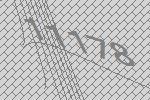
11178